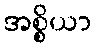
အစ္စိယာ